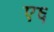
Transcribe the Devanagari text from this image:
ए६